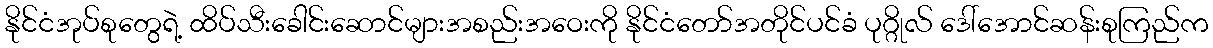
နိုင်ငံအုပ်စုတွေရဲ့ ထိပ်သီးခေါင်းဆောင်များအစည်းအဝေးကို နိုင်ငံတော်အတိုင်ပင်ခံ ပုဂ္ဂိုလ် ဒေါ်အောင်ဆန်းစုကြည်က